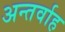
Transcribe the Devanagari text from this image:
अन्‍तर्वाह